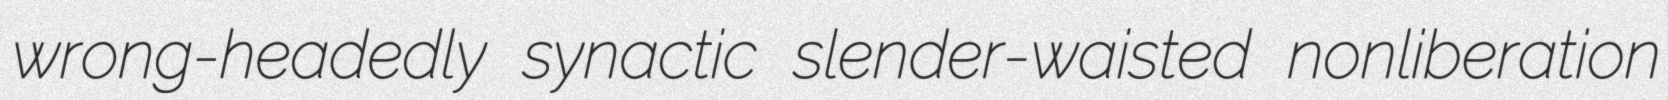
wrong-headedly synactic slender-waisted nonliberation